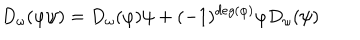
LaTeX: D _ { \omega } ( \varphi \psi ) = D _ { \omega } ( \varphi ) \psi + ( - 1 ) ^ { d e g ( \varphi ) } \varphi D _ { \omega } ( \psi )